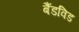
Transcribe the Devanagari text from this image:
बैंडविड